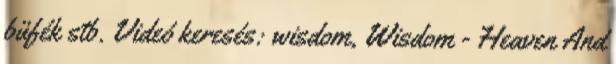
büfék stb. Videó keresés: wisdom, Wisdom - Heaven And